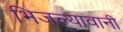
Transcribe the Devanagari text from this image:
भिजल्यावानी